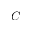
^ \circ C